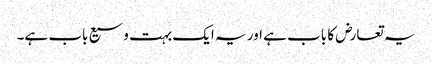
یہ تعارض کا باب ہے اور یہ ایک بہت وسیع باب ہے۔